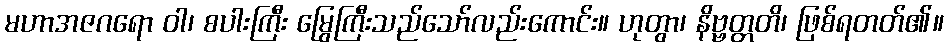
မဟာအဇဂရော ဝါ၊ စပါးကြီး မြွေကြီးသည်သော်လည်းကောင်း။ ဟုတွာ၊ နိဗ္ဗတ္တတိ၊ ဖြစ်ရတတ်၏။